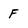
Character: F